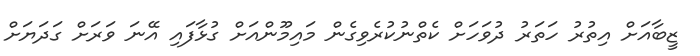
ޒީބާއަށް އިތުރު ހަތަރު ދުވަހަށް ކެތްނުކުރެވިގެން މައިމޫންއަށް ގުޅާފައި އޭނަ ވަރަށް ގަދަޔަށް